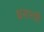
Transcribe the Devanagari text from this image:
धराश्यी